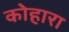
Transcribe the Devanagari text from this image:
कोहारा